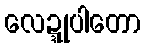
လေဍ္ဍုပါတော